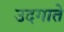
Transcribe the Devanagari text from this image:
उदगाते